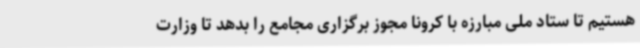
هستیم تا ستاد ملی مبارزه با کرونا مجوز برگزاری مجامع را بدهد تا وزارت